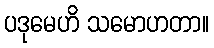
ပဒုမေဟိ သမောဟတာ။